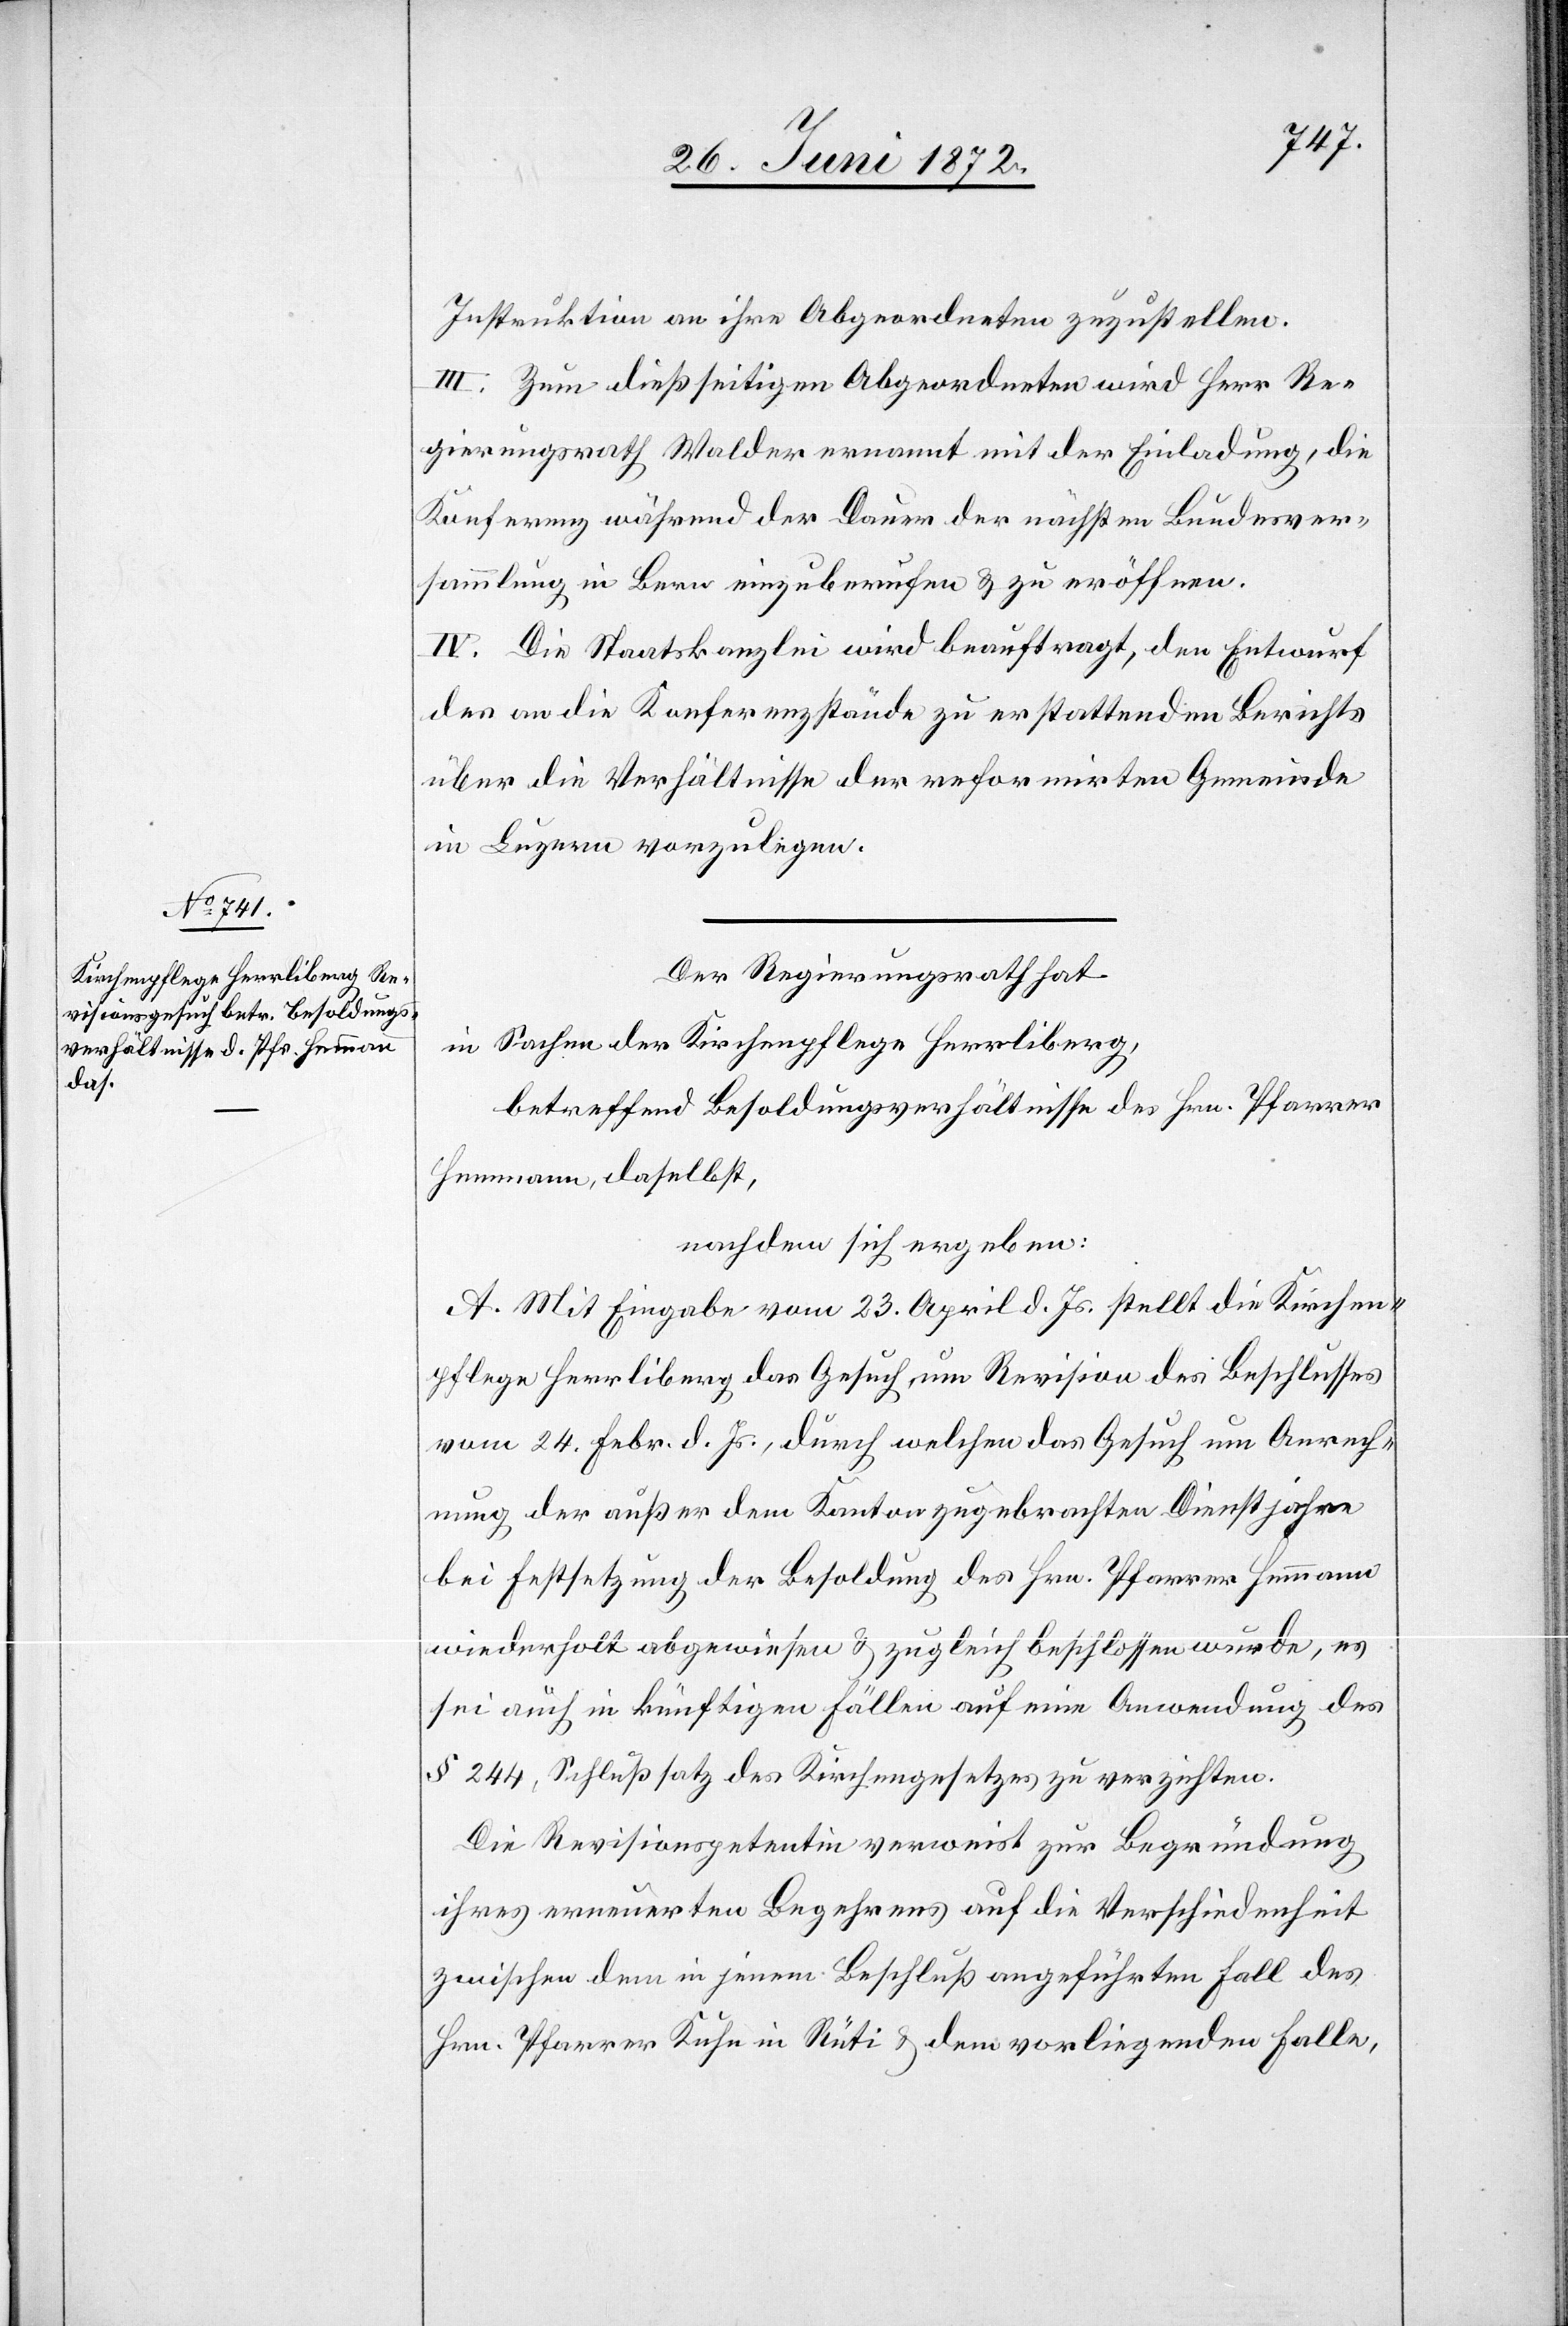
Instruktion an ihre Abgeordneten zuzustellen.
III. Zum dießseitigen Abgeordneten wird Herr Re¬
gierungsrath Walder ernannt mit der Einladung, die
Konferenz während der Dauer der nächsten Bundesver¬
sammlung in Bern einzuberufen u. zu eröffnen.
IV. Die Staatskanzlei wird beauftragt, den Entwurf
des an die Konferenzstände zu erstattenden Berichts
über die Verhältnisse der reformirten Gemeinde
in Luzern vorzulegen.
Der Regierungsrath hat
in Sachen der Kirchenpflege Herrliberg,
betreffend Besoldungsverhältnisse des Hrn. Pfarrer
Hemmann, daselbst,
nachdem sich ergeben:
A. Mit Eingabe vom 23. April d. Js. stellt die Kirchen¬
pflege Herrliberg das Gesuch um Revision des Beschlusses
vom 24. Febr. d. Js., durch welchen das Gesuch um Anrech¬
nung der außer dem Kanton zugebrachten Dienstjahre
bei Festsetzung der Besoldung des Hrn. Pfarrer Hemmann
wiederholt abgewiesen u. zugleich beschlossen wurde, es
sei auch in künftigen Fällen auf eine Anwendung des
§ 244, Schlußsatz des Kirchengesetzes zu verzichten.
Die Revisionspetentin verweist zur Begründung
ihres erneuerten Begehrens auf die Verschiedenheit
zwischen dem in jenem Beschluß angeführten Fall des
Hrn. Pfarrer Kuhn in Rüti u. dem vorliegenden Falle,